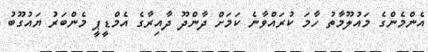
އެންމެންގެ މައުލޫމާތު ހާމަ ކުރައްވާނެ ކަމަށް ދާންދޫ ދާއިރާގެ އެމްޑީޕީ މެންބަރު ޔައުގޫބު